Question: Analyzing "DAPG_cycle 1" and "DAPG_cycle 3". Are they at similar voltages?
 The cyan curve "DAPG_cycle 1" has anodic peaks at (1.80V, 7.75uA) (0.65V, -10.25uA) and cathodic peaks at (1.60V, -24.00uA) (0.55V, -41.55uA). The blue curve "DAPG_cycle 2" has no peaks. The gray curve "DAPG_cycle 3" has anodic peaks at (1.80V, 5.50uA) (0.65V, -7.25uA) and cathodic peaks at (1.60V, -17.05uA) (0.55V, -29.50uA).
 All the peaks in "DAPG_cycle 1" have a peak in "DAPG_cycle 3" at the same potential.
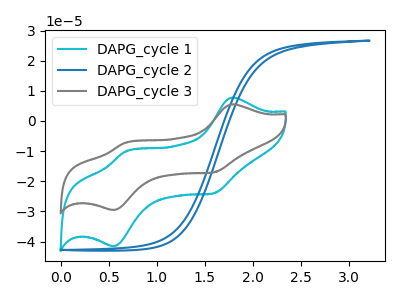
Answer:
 <answer>"DAPG_cycle 1" and "DAPG_cycle 3" are similar in shape.</answer>
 <eval>same_shape</eval>